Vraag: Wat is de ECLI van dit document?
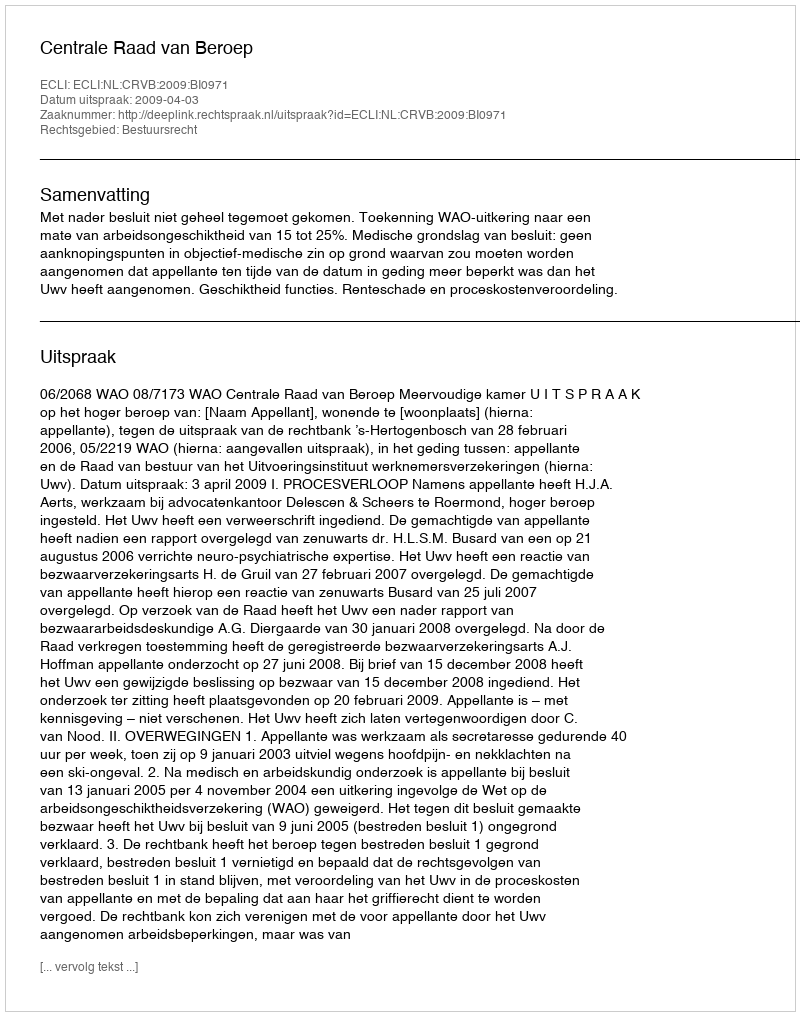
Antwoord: ECLI:NL:CRVB:2009:BI0971